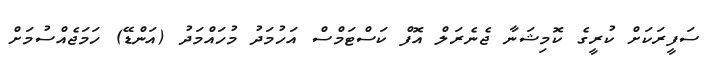
ސަފީރަކަށް ކުރީގެ ކޮމިޝަނާ ޖެނެރަލް އޮފް ކަސްޓަމްސް އަހުމަދު މުހައްމަދު (އަންޑޭ) ހަމަޖެއްސުމަށް